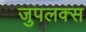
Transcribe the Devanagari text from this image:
जुपलक्स